Vaccination report Assam 1896-1927 - 1896-1927
Year: 1896
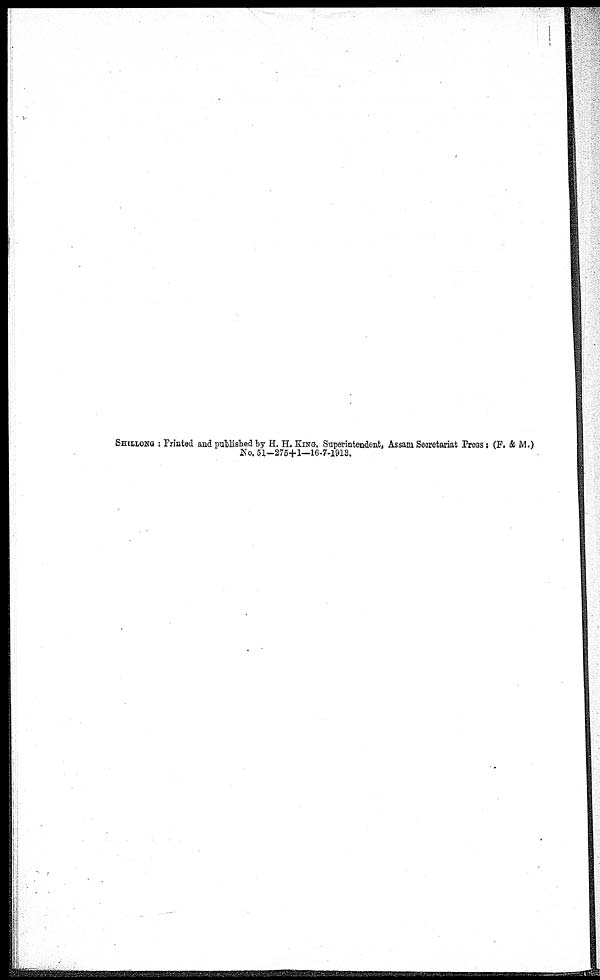
SHILLONG : Printed and published by H. H. KING. Superintendent, Assam Secretariat Press : (F. & M.)
No. 51—275+1—16-7-1913.